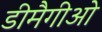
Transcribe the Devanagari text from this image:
डीमैगीओ